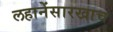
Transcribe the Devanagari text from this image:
लहानेंसारखाच